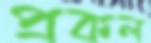
প্রকল